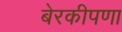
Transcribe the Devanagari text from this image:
बेरकीपणा